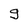
Character: g